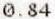
0.84